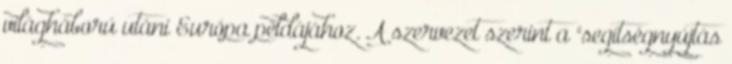
világháború utáni Európa példájához. A szervezet szerint a "segítségnyújtás